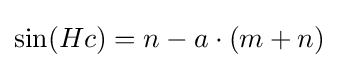
\sin(Hc)=n-a\cdot (m+n)